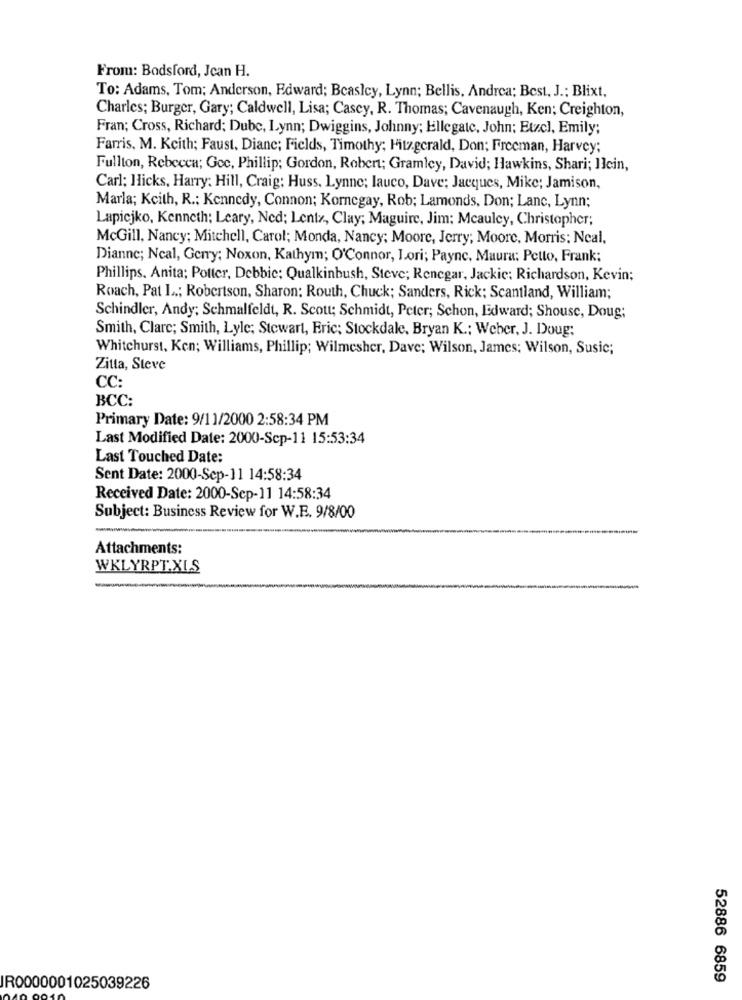
From: Bodsford, Jcan H.
To: Adams, Tom; Anderson, Edward; Beasley, Lynn; Bellis, Andrea; Best, J .: Blixt,
Charles; Burger, Gary; Caldwell, Lisa; Casey, R. Thomas; Cavenaugh, Ken; Creighton,
Fran; Cross, Richard; Dube, Lynn; Dwiggins, Johnny; Ellegate, John; Etzel, Emily;
Farris, M. Keith; Faust, Diane; Fields, Timothy; Fitzgerald, Don; Freeman, Harvey;
Fullton, Rebecca; Gec, Phillip; Gordon, Robert; Gramley, David; Hawkins, Shari; Ilcin,
Carl: Hicks, Harry: Hill, Craig: Huss. Lynne; lauco, Dave; Jacques, Mike; Jamison,
Marla; Kcith, R .; Kennedy, Connon; Kornegay, Rob; Lamonds, Don; Lanc, Lynn;
Lapicjko, Kenneth: Leary, Ned; Lentz, Clay; Maguire, Jim: Mcauley, Christopher;
McGill, Nancy; Mitchell, Carol; Monda, Nancy; Moore, Jerry; Moore, Morris: Neal,
Dianne; Ncal, Gerry; Noxon, Kathym; O'Connor, Lori; Payne, Maura: Petto, Frank;
Phillips, Anita; Potter, Debbie; Qualkinbush, Steve; Renegar, Jackie: Richardson, Kevin;
Roach, Pat L .; Robertson, Sharon: Routh, Chuck; Sanders, Rick; Scantland, William;
Schindler, Andy; Schmalfeldt, R. Scott; Schmidt, Peter; Schon, Edward; Shouse, Doug;
Smith, Clarc; Smith, Lyle; Stewart, Eric; Stockdale, Bryan K .; Weber, J. Doug;
Whitchurst, Ken; Williams, Phillip; Wilmesher, Dave; Wilson, James; Wilson, Susic;
Zitta, Steve
CC:
BCC:
Primary Date: 9/11/2000 2:58:34 PM
Last Modified Date: 2000-Scp-11 15:53:34
Last Touched Date:
Sent Date: 2000-Sep-11 14:58:34
Received Date: 2000-Sep-11 14:58:34
Subject: Business Review for W.B. 9/8/00
Attachments:
WKLYRPT.XLS
52886 6859
IR0000001025039226